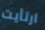
ارتأيت